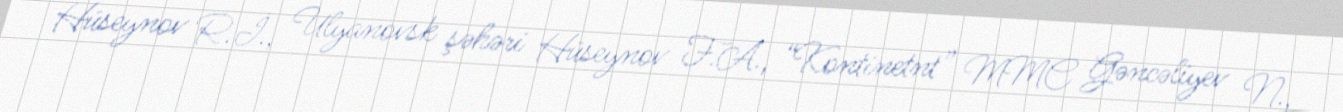
Hüseynov R.İ., Ulyanovsk şəhəri Hüseynov F.A., “Kontinetnt” MMC Gəncəliyev N.,